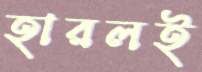
হারলই